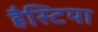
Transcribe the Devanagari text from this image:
हैस्टिया